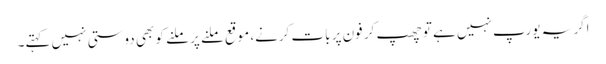
اگر یہ یورپ نہیں ہے تو چھپ کر فون پر بات کرنے، موقع ملنے پر ملنے کو بھی دوستی نہیں کہتے۔